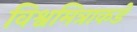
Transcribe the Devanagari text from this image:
विश्वमित्राकडे